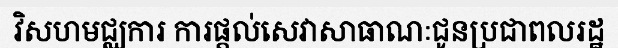
វិសហមជ្ឈការ ការផ្តល់សេវាសាធាណៈជូនប្រជាពលរដ្ឋ